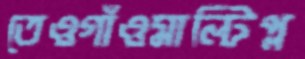
তেওগাঁওমাল্টিপ্ল